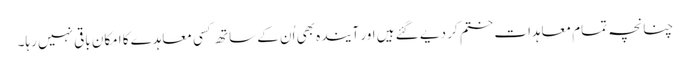
چنانچہ تمام معاہدات ختم کر دیے گئے ہیں اور آیندہ بھی اُن کے ساتھ کسی معاہدے کا امکان باقی نہیں رہا۔